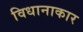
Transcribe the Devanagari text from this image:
विधानाकार